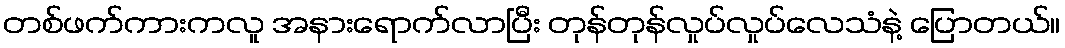
တစ်ဖက်ကားကလူ အနားရောက်လာပြီး တုန်တုန်လှုပ်လှုပ်လေသံနဲ့ ပြောတယ်။